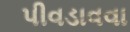
પીવડાવવા